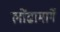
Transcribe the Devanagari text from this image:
लोंढामार्गे